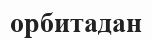
орбитадан